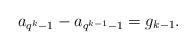
LaTeX: \begin{align*}a _{q^k-1} -a_{q^{k-1}-1} = g_{k-1}.\end{align*}